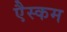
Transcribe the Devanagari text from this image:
एैस्कम